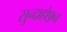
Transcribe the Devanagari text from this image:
सुन्दाहोफ़्न